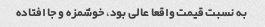
به نسبت قیمت واقعا عالی بود، خوشمزه و جا افتاده